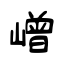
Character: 嶒